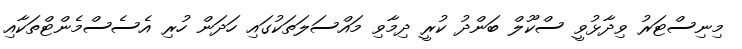
މިނިސްޓަރު ވިދާޅުވީ ސްކޫލް ބަންދު ކުރީ ދިމާވި މައްސަލަތަކުގައި ހަދަން ހުރި އެސެސްމެންޓްތަކާއި